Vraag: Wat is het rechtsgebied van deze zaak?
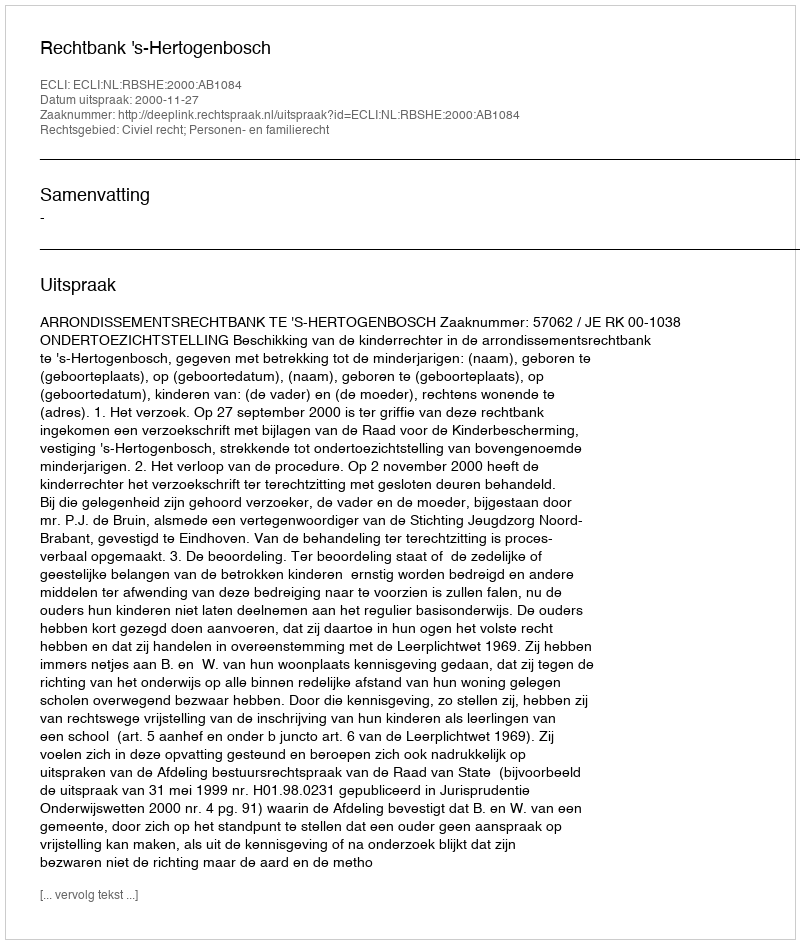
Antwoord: Civiel recht; Personen- en familierecht